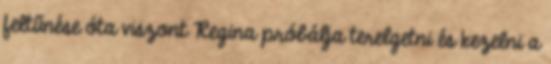
feltűnése óta viszont Regina próbálja terelgetni és kezelni a